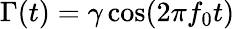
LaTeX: \Gamma(t)=\gamma\cos(2\pi f_{0}t)